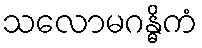
သလောမဂန္ဓိကံ